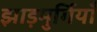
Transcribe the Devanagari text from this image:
झाड़मुर्गियाँ